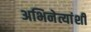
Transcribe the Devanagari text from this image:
अभिनेत्यांशी